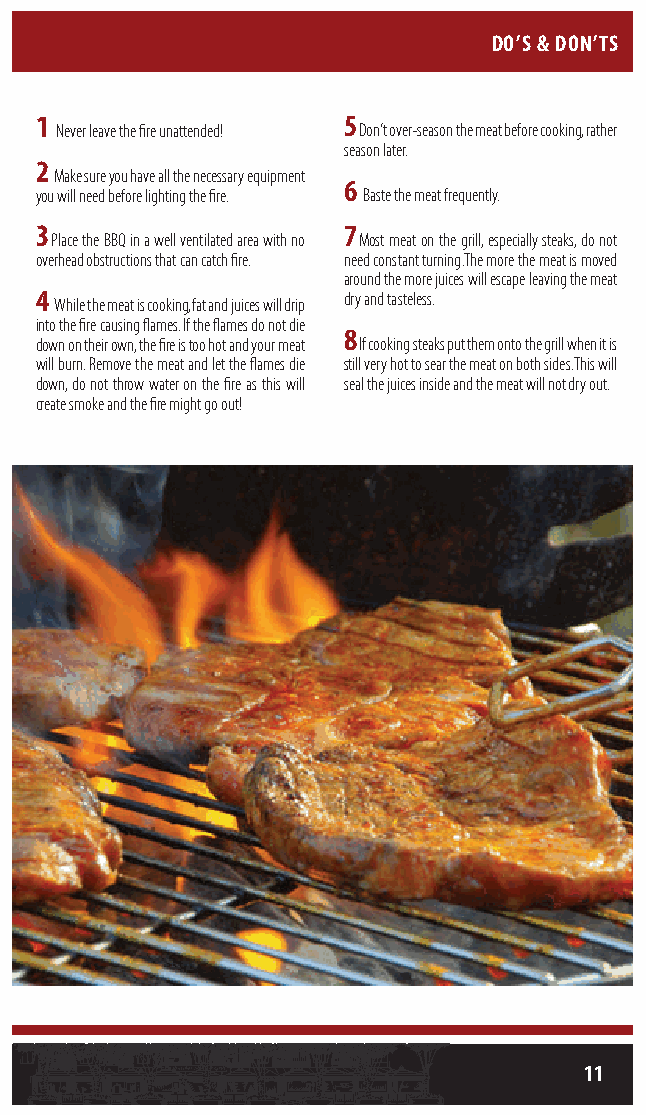
DO’S & DON’TS
 1
 Never leave the fire unattended!
 5
 Don’t over-season the meat before cooking, rather
 season later.
 2
 Make sure you have all the necessary equipment
 6
 you will need before lighting the fire. Baste the meat frequently.
 3                   7
 Place the BBQ in a well ventilated area with no Most meat on the grill, especially steaks, do not
 overhead obstructions that can catch fire. need constant turning. The more the meat is moved
 around the more juices will escape leaving the meat
 4 While the meat is cooking, fat and juices will drip dry and tasteless.
 into the fire causing flames. If the flames do not die
 8
 down on their own, the fire is too hot and your meat If cooking steaks put them onto the grill when it is
 will burn. Remove the meat and let the flames die still very hot to sear the meat on both sides. This will
 down, do not throw water on the fire as this will seal the juices inside and the meat will not dry out.
 create smoke and the fire might go out!
 11